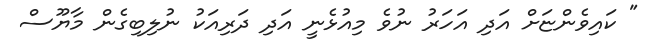
" ކައިވެންޏަށް އަދި އަހަރު ނުވެ މިއުޅެނީ އަދި ދަރިއަކު ނުލިބިގެން މާޔޫސް